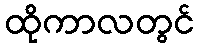
ထိုကာလတွင်